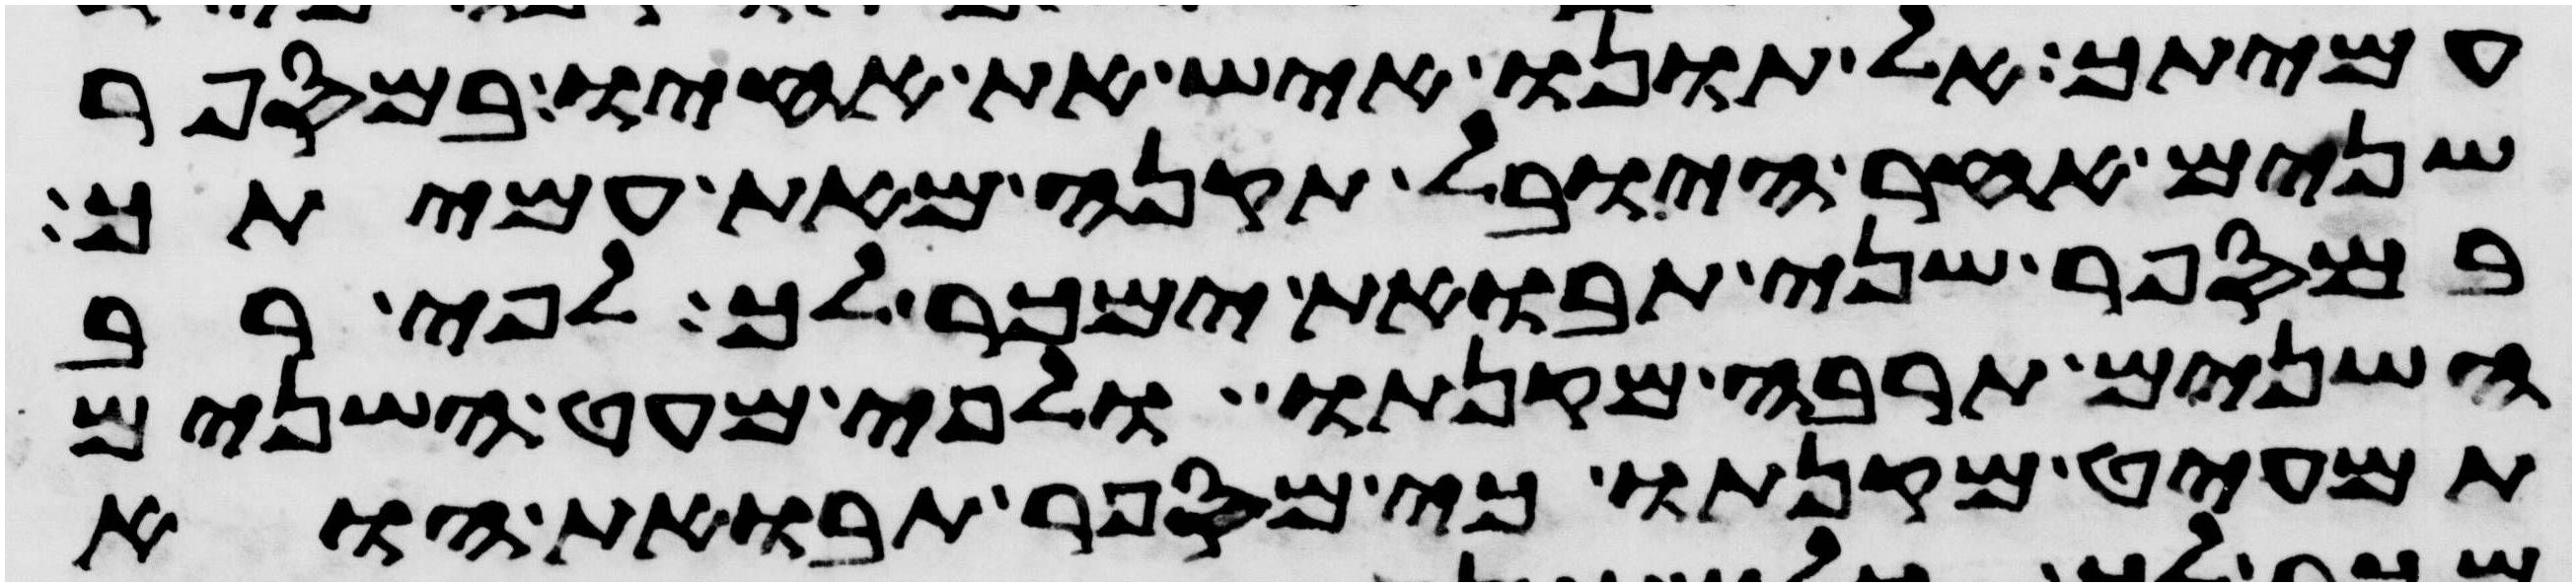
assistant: עמיתך אל תונו איש את אחיו במספר
שנים אחר היובל תקנה מאת עמיתך
במספר שני תבואת ימכר לך לפי רב
השנים תרבה מקנתו ולפי מעט השנים
תמעיט מקנתו כי מספר תבואת הוא